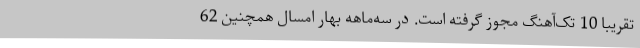
تقریبا 10 تک‌آهنگ مجوز گرفته است. در سه‌ماهه بهار امسال همچنین 62